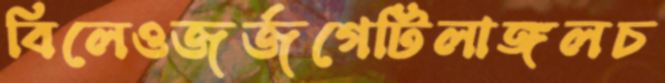
বিলেওজর্জগেটিলাঙ্গলচ